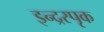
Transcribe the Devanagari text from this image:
इन्द्रस्पृक